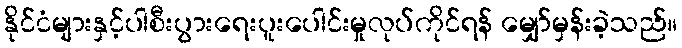
နိုင်ငံများနှင့်ပါစီးပွားရေးပူးပေါင်းမှုလုပ်ကိုင်ရန် မျှော်မှန်းခဲ့သည်။